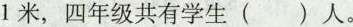
1米，四年级共有学生()人。